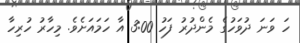
ހަ ވަނަ ދުވަހުގެ މެންދުރު ފަހު 3:00 އާ ހަމައަށެވެ. މިހާރު ހުރިހާ